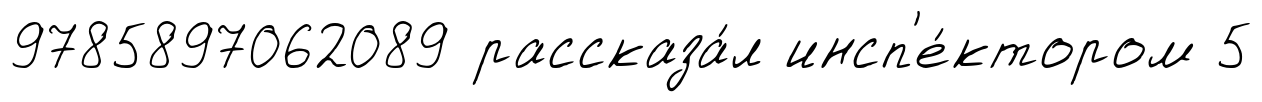
9785897062089 рассказа́л инсп'е́ктором 5